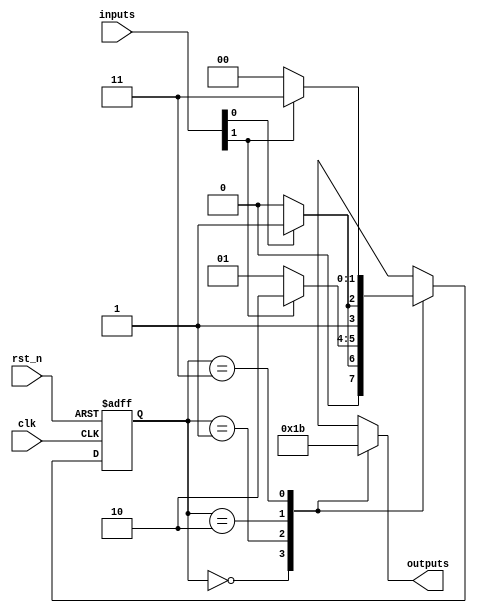
module PSM #(
    parameter NUM_STATES = 4,    // Number of states
    parameter NUM_INPUTS = 2,     // Number of inputs
    parameter NUM_OUTPUTS = 2      // Number of outputs
)(
    input wire clk,                // Clock signal
    input wire rst_n,              // Asynchronous active-low reset
    input wire [NUM_INPUTS-1:0] inputs, // Input signals
    output reg [NUM_OUTPUTS-1:0] outputs // Output signals
);

    // State encoding
    reg [$clog2(NUM_STATES)-1:0] current_state, next_state;

    // State transition logic
    always @(*) begin
        case (current_state)
            0: begin
                // State 0 logic
                if (inputs[0]) begin
                    next_state = 1; // Transition to State 1
                end else begin
                    next_state = 0; // Stay in State 0
                end
                outputs = 2'b00; // Outputs for State 0
            end

            1: begin
                // State 1 logic
                if (inputs[1]) begin
                    next_state = 2; // Transition to State 2
                end else begin
                    next_state = 1; // Stay in State 1
                end
                outputs = 2'b01; // Outputs for State 1
            end

            2: begin
                // State 2 logic
                if (inputs[0]) begin
                    next_state = 3; // Transition to State 3
                end else begin
                    next_state = 2; // Stay in State 2
                end
                outputs = 2'b10; // Outputs for State 2
            end

            3: begin
                // State 3 logic
                if (~inputs[1]) begin
                    next_state = 0; // Transition back to State 0
                end else begin
                    next_state = 3; // Stay in State 3
                end
                outputs = 2'b11; // Outputs for State 3
            end

            default: begin
                next_state = 0; // Default state
                outputs = 2'b00; // Default outputs
            end
        endcase
    end

    // Sequential logic for state update
    always @(posedge clk or negedge rst_n) begin
        if (!rst_n) begin
            current_state <= 0; // Reset to initial state
        end else begin
            current_state <= next_state; // Update to next state
        end
    end

endmodule